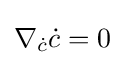
\nabla _{\dot {c}}{\dot {c}}=0